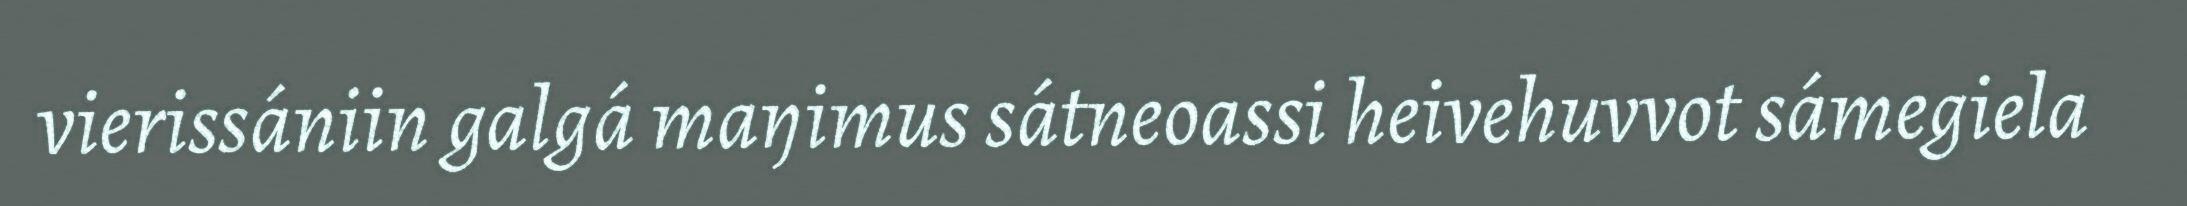
vierissániin galgá maŋimus sátneoassi heivehuvvot sámegiela